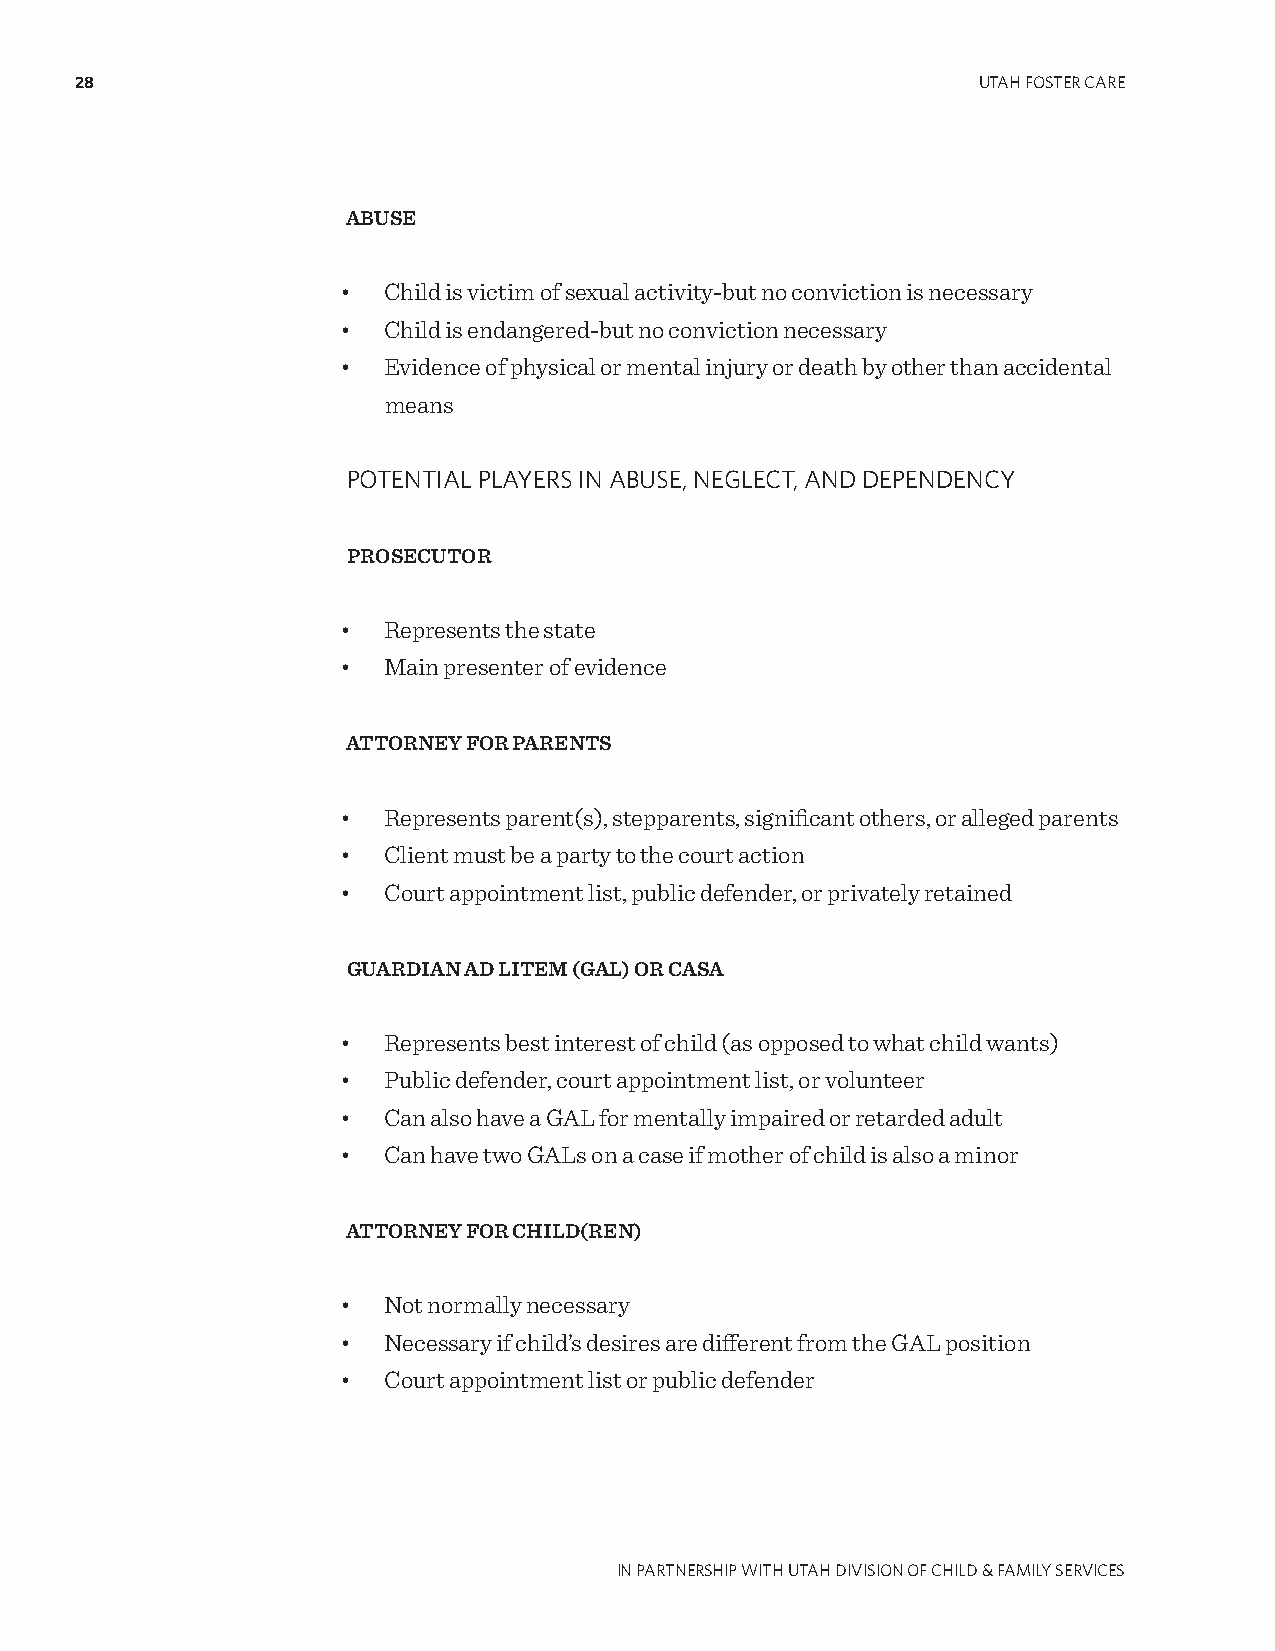
28                                                          UTAH FOSTER CARE
 ABUSE
 • Child is victim of sexual activity-but no conviction is necessary
 • Child is endangered-but no conviction necessary
 • Evidence of physical or mental injury or death by other than accidental
 means
 POTENTIAL PLAYERS IN ABUSE, NEgLECT, AND DEPENDENCY
 PROSECUTOR
 • Represents the state
 • Main presenter of evidence
 ATTORNEY FOR PARENTS
 • Represents parent(s), stepparents, significant others, or alleged parents
 • Client must be a party to the court action
 • Court appointment list, public defender, or privately retained
 GUARDIAN AD LITEM (GAL) OR CASA
 • Represents best interest of child (as opposed to what child wants)
 • Public defender, court appointment list, or volunteer
 • Can also have a GAL for mentally impaired or retarded adult
 • Can have two GALs on a case if mother of child is also a minor
 ATTORNEY FOR CHILD(REN)
 • Not normally necessary
 • Necessary if child’s desires are different from the GAL position
 • Court appointment list or public defender
 IN PARTNERSHIP WITH UTAH DIVISION OF CHILD & FAMILY SERVICES